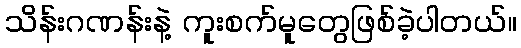
သိန်းဂဏန်းနဲ့ ကူးစက်မူတွေဖြစ်ခဲ့ပါတယ်။